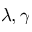
\lambda , \gamma